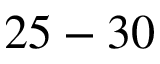
2 5 - 3 0